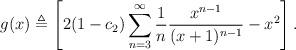
LaTeX: \begin{align*} g(x) \triangleq \left[ 2 (1 - c_2) \sum \limits_{n=3}^{\infty} \frac{1}{n} \frac{x^{n-1}}{(x+1)^{n-1}} - x^2\right].\end{align*}